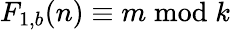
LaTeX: F_{1,b}(n)\equiv m{\bmod{k}}